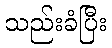
သည်းခံပြီး